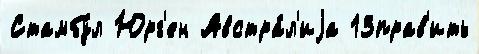
Стамбу́л Юрг'ен Австра́л'иjа 13прав'ить